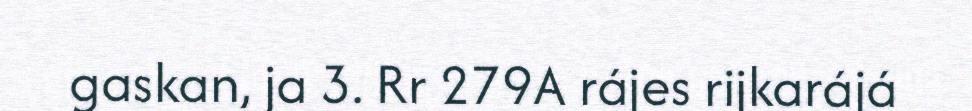
gaskan, ja 3. Rr 279A rájes rijkarájá